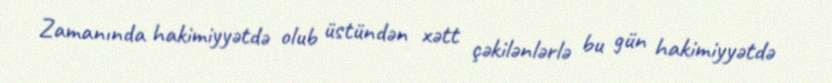
Zamanında hakimiyyətdə olub üstündən xətt çəkilənlərlə bu gün hakimiyyətdə